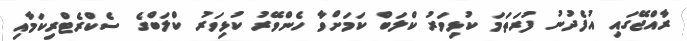
ރާއްޖޭގައި އުފެދުނު ފުރަތަމަ ކުޅިވަރު ކްލަބް ކަމަށްވާ ހެންވޭރު ކުޅިވަރު ކްލަބްގެ ސެކްރެޓްރިކަމާއި